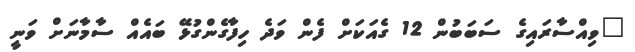
"ވިއްސާރައިގެ ސަބަބުން 12 ގެއަކަށް ފެން ވަދެ ހިފާގެންގުޅޭ ބައެއް ސާމާނަށް ވަނީ